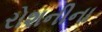
રોશનીના